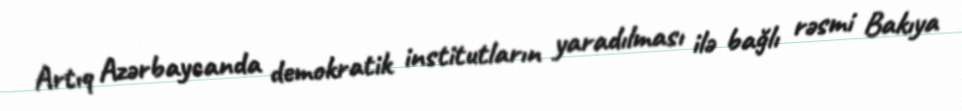
Artıq Azərbaycanda demokratik institutların yaradılması ilə bağlı rəsmi Bakıya